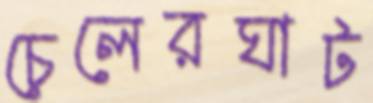
চেলেরঘাট